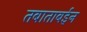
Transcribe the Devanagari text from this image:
तबाताबईन